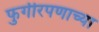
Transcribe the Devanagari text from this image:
फुगीरपणाच्या